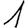
Digit: 1